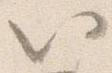
以